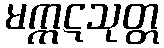
မက္ကဋသုတ္တ